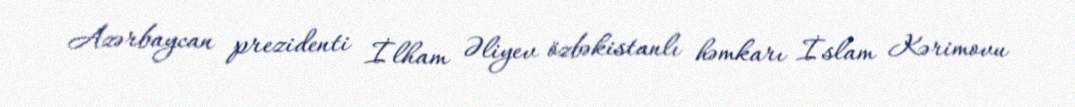
Azərbaycan prezidenti İlham Əliyev özbəkistanlı həmkarı İslam Kərimovu